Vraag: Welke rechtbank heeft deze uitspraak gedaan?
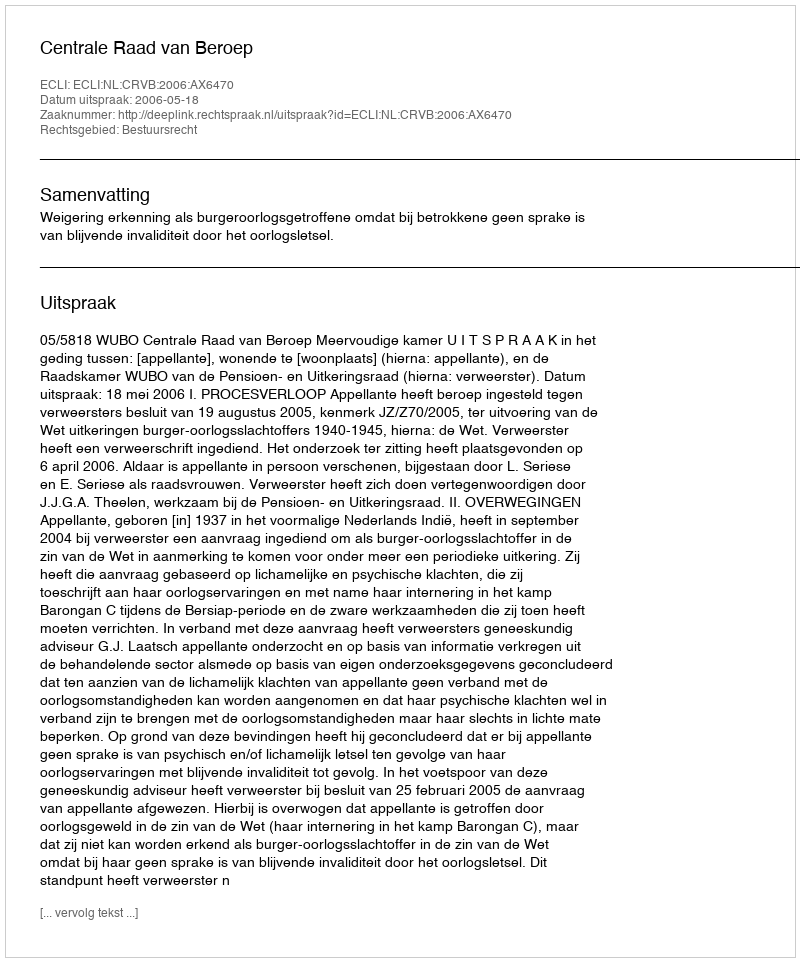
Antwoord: Centrale Raad van Beroep